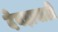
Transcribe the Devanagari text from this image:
देवड़ावाटी